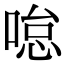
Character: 𠷂